Lunatic asylums Punjab 1911-1921 - 1911-1921
Year: 1911
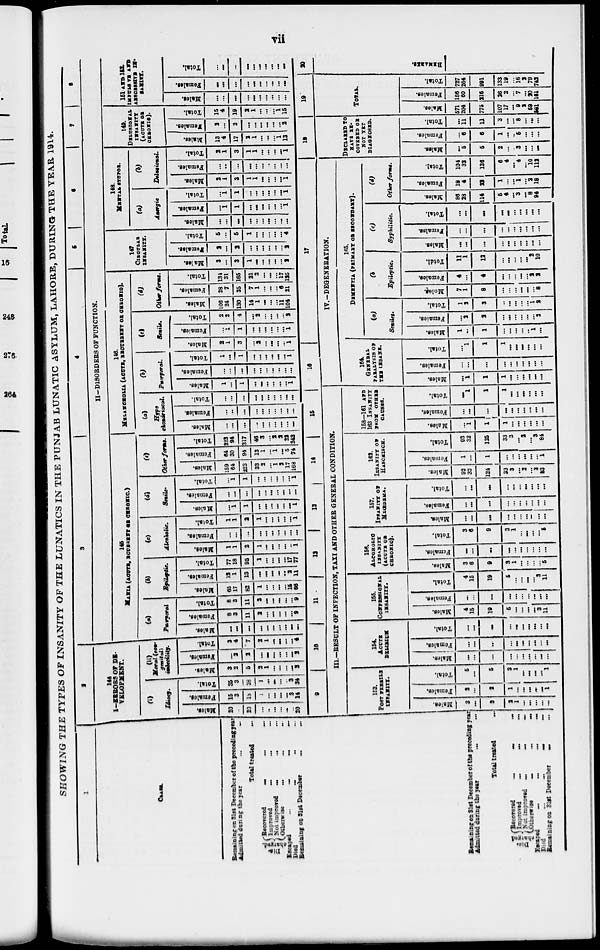
vii
SHOWING THE TYPES OF INSANITY OF THE LUNATICS IN THE PUNJAB LUNATIC ASYLUM, LAHORE, DURING THE YEAR 1914.
1
CASES.
Remaining on 31st December of the preceding year
Admitted during the year
...
...
...
Total treated
...
Discharged
Recovered
...
...
...
Improved
...
...
...
Not improved
...
...
...
Otherwise ... ... ...
Escaped ... ... ... ...
Died ... ... ... ...
Remaining on 31st December ... ...
2
144
I-ERRORS OF DE-
VELOPMENT.
(i)
Idiocy.
Males.
20
...
20
...
...
...
...
... ..
20
Females.
15
3
l8
1
...
...
... ...
3
14
Total.
35
3
38
1
...
...
...
..
3
34
(ii)
Moral (con-
genital)
imbecility.
Males.
3
2
5
2
1
...
...
...
...
2
Females.
...
2
2
...
...
...
...
...
... 2
Total.
3
4
7
2
1
...
...
... ...
4
3
4
5
6
7
8
II-DISORDERS OF FUNCTION.
145
MANIA. (ACUTE, RECURRENT OR CHRONIC.)
(a)
Puerperal
Males.
...
...
...
...
...
...
...
...
...
...
Females.
8
3
11
2
...
...
...
...
...
9
Total.
8
3
11
2
...
...
...
...
...
9
(b)
Epileptic
Males.
65
17
82
1
...
...
...
...
15
66
Females.
12
1
13
...
...
...
...
...
2
11
Total.
77
18
95
1
...
...
...
...
17
77
(c)
Alcoholic.
Males.
1
1
2
1
...
...
...
...
...
1
Females.
...
...
...
...
...
...
...
...
...
...
Total.
1
1
2
1
...
...
...
...
...
1
(d)
Senile.
Males.
...
1
1
...
...
...
...
...
...
1
Females.
...
...
...
...
...
...
...
...
...
...
Total.
...
1
1
...
...
...
...
...
...
1
(e)
Other form.
Males.
159
64
223
33
2
...
1
2
17
168
Females.
64
30
94
13
1
...
1
...
5
74
Total.
223
94
317
46
3
...
2
2
22
242
146.
MELAMCHOLIA (ACUTE, RECURRENT OR CHRONIC).
(a)
Hypo
chondriacal.
Males.
...
...
...
...
...
...
...
...
...
...
Females.
...
...
...
...
...
...
...
...
...
...
Total.
...
...
...
...
...
...
...
...
....
...
(b)
Puerperal.
Males.
1
...
1
...
...
...
...
...
...
1
Females.
...
...
...
...
...
...
...
..
...
...
Total.
1
...
1
...
...
...
...
...
...
1
(c)
Semils.
Males.
2
1
3
...
2
...
...
...
...
1
Females.
...
1
1
...
...
...
...
...
...
1
Total.
2
2
4
...
2
...
...
...
...
2
(d)
Other forms.
Males.
106
24
130
14
1
...
...
...
11
104
Females.
28
7
35
7
1
...
...
...
6
21
Total.
134
31
165
21
2
...
...
...
17
125
147
CIRCULAR
INSANITY.
Males.
3
...
3
1
...
...
...
...
...
2
Females.
2
...
2
...
...
...
...
...
...
2
Total.
5
...
5
1
...
...
...
...
...
4
148.
MEHTAL STUPOR.
(a)
Anergic
Males.
...
...
...
...
...
...
...
...
...
...
Females.
...
1
1
...
...
...
...
...
...
1
Total.
...
1
1
...
...
...
...
...
...
1
(b)
Delusional.
Males.
2
1
3
1
1
...
...
...
...
1
Females.
...
...
...
...
...
...
...
...
...
...
Total.
2
1
3
1
1
...
...
...
...
1
149.
DELUSIONAL
INSANITY
(ACUTE OR
CHRONIC).
Males.
13
4
17
2
1
...
...
...
1
13
Females.
2
...
2
...
...
...
...
...
...
2
Total.
15
4
19
2
1
...
...
...
1
15
151 AND 152.
IMPULS VN AND
ANSCESSIVE IN-
SANTY.
Males.
...
...
...
...
...
...
...
...
...
...
Females.
...
...
...
...
...
...
...
...
...
...
Total.
...
...
...
...
...
...
...
...
...
...
Remaining on 31st December of the preceding year
Admitted during the year
...
...
...
Total treated ...
Discharged Recovered
...
...
...
Improved
...
...
...
Not improved
...
...
...
Otherwise
...
...
...
Escaped
...
...
...
Died
...
...
...
Remaining on 31st December ... ...
9
10 11
12
13
14
15
III—RESULT OF INFECTION, TAXI AND OTHER GENERAL CONDITION.
153.
POST FEBRILE
INSANITY.
Males.
3
...
3
2
1
...
...
...
...
...
Females.
2
...
2
1
...
...
...
...
...
1
Total.
5
...
5
3
1
...
...
...
...
1
154.
ACUTE
DELIRIUM
Males.
...
...
...
...
...
...
...
...
...
...
Females.
...
...
...
...
...
...
...
...
...
...
Total.
...
...
...
...
...
...
...
...
...
...
155.
CONFISSIONAL
INSANITY.
Males.
4
15
19
5
...
...
...
...
3
11
Females.
...
...
...
...
...
...
...
...
...
...
Total.
4
15
19
5
...
...
...
...
3
11
156.
ALCOHOLIC
INSANITY
(ACUTE OR
CHRONIC).
Males.
3
6
9
3
1
...
...
...
...
5
Females.
...
...
...
...
...
...
...
...
...
...
Total.
3
6
9
3
1
...
...
...
...
5
157.
IPSANITY
OF
MEŒDEMA.
Males.
...
...
...
...
...
...
...
...
...
...
Females.
...
...
...
...
...
...
...
...
...
...
Total.
...
...
...
...
...
...
...
...
...
...
162.
IESANITY OF
HASCHISCH.
Males.
92
32
124
33
3
...
2
...
3
83
Females.
1
...
1
...
...
...
...
...
...
1
Total.
93
32
125
33
3
...
2
...
3
84
158—161 AND
163 INSANITY
FROM OTHER
CAUSES.
Males.
...
1
1
1
...
...
...
...
...
...
Females.
...
...
...
...
...
...
...
...
...
...
Total.
...
1
1
1
...
...
...
...
...
...
16
17
IV.—DEGENERATION.
161
GENERAL
PARALYSIS OF
THE INSANE.
Males.
...
1
1
1
...
...
...
...
...
...
Females.
...
...
...
...
...
...
...
...
...
...
Total.
...
1
1
1
...
...
...
...
...
...
165.
DEMENTIA (PRIMARY OR SECONDARY).
(a)
Seniles.
Males.
1
...
1
...
...
...
...
...
1
...
Females.
...
2
2
...
...
...
...
...
...
2
Total.
1
2
3
...
...
...
...
1
2
(b)
Epileptic.
Moles.
7
1
8
...
...
...
...
...
...
8
Females.
4
...
4
...
...
...
...
...
2
2
Total.
11
1
12
...
...
...
...
...
2
10
(c)
Syphilitic.
Males.
...
...
...
...
...
...
...
...
...
...
Females.
...
...
...
...
...
...
...
...
...
...
Total.
...
...
...
...
...
...
...
...
...
...
(d)
Other forms.
Males.
86
28
114
5
4
...
3
...
8
94
Females.
18
4
22
1
...
...
1
...
2
18
Total.
104
32
136
6
4
...
4
...
10
112
18
DECLARED TO
HAVE RE-
COVERED OR
NOT YET
DIAGNOSED.
Males.
...
5
5
2
...
...
3
...
...
...
Females.
...
6
6
1
...
...
5
...
...
...
Total.
...
11
11
3
...
...
8
...
...
...
19
TOTAL.
Males.
571
204
775
107
17
...
9
2
59
581
Females.
156
60
216
26
2
...
7
...
20
161
Total.
727
264
991
133
19
...
16
2
79
742
20
REMARKS.